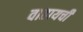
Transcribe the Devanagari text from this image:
वाहायची